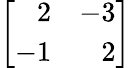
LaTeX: \left[{\begin{array}{rr}{2}&{-3}\\ {-1}&{2}\end{array}}\right]